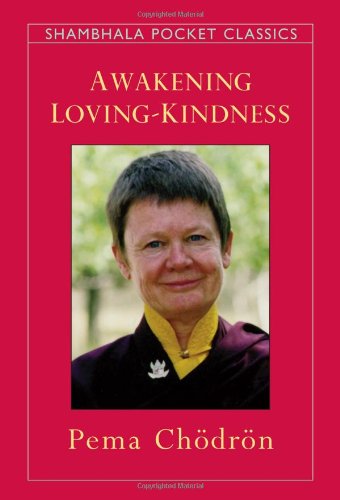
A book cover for Awakening Loving-Kindness (Shambhala Pocket Classics); Pema Chodron; Religion & Spirituality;